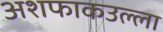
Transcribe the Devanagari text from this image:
अशफाकउल्ला